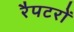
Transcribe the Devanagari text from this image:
रैपटरों